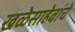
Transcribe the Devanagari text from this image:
खळेसाहेबांचे